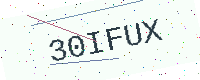
Text: 30IFUX